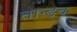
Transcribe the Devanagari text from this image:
तान्ड्व